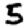
Digit: 5